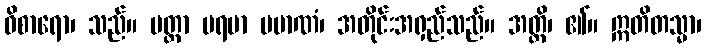
ဝိစာရော၊ သည်။ မတ္တာ ပရမာ ပမာဏံ၊ အတိုင်းအရှည်သည်။ အတ္ထိ၊ ၏။ ဣတိတသ္မာ၊